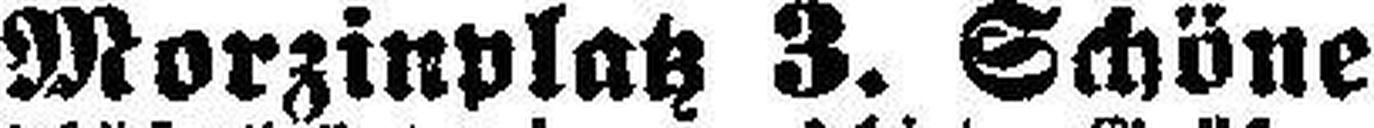
Morzinplatz 3. Schöne